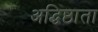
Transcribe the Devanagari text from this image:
अद्धिष्ठाता